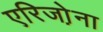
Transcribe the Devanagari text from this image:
एरिजो़ना